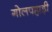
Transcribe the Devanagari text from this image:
गोलपहाड़ी